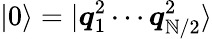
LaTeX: |0\rangle=|\boldsymbol{q}_{1}^{2}\cdots\boldsymbol{q}_{\mathbb{N}/2}^{2}\rangle